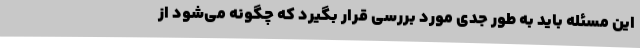
این مسئله باید به طور جدی مورد بررسی قرار بگیرد که چگونه می‌شود از